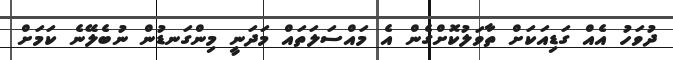
ދުވަހު އެއް ގަޑިއަކަށް ތާވަލުކޮށްގެން އެ މައްސަލަތައް މަދަނީ މިންގަނޑުން ނުބެލޭނެ ކަމަށް